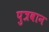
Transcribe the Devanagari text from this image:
पुत्रवान